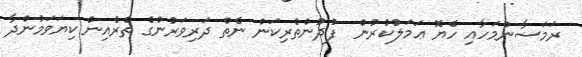
ރަމަޟާންމަހާއި ހެޔޮ ޢަމަލުކުރުން  ފުދުންތެރިކަން ނެތް ދަރިވަރުންގެ ތެރެއިން ކިޔަވަމުންދާ